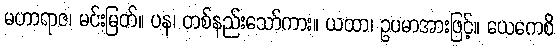
မဟာရာဇ၊ မင်းမြတ်။ ပန၊ တစ်နည်းသော်ကား။ ယထာ၊ ဥပမာအားဖြင့်။ ယေကေစိ